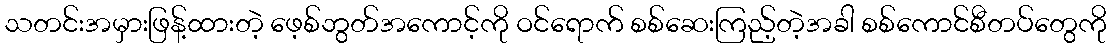
သတင်းအမှားဖြန့်ထားတဲ့ ဖေ့စ်ဘွတ်အကောင့်ကို ဝင်ရောက် စစ်ဆေးကြည့်တဲ့အခါ စစ်ကောင်စီတပ်တွေကို